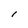
Character: 1